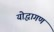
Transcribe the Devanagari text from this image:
योद्धागण